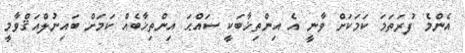
އެންމެ ފުރަތަމަ ކަމަކަށް ވާނީ އެ އިންތިޚާބަކީ ސައްޙަ އިންތިޚާބެއް ކަމަށް ބައިނުލްއަޤްވާމީ